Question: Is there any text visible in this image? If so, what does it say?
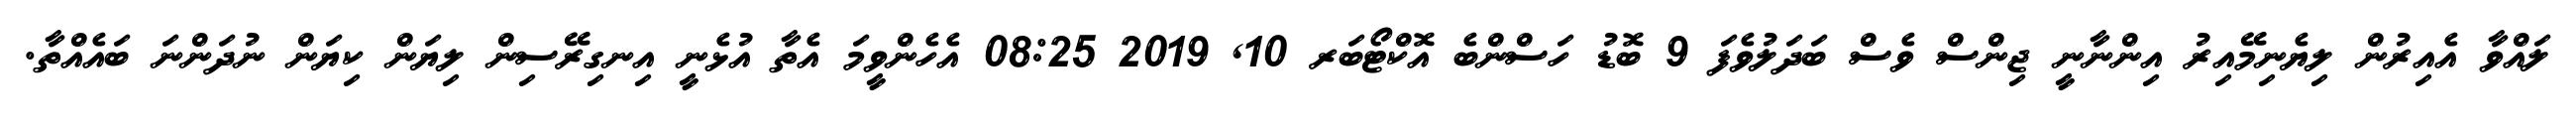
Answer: ލައްވާ އެއިރުން ލިޔެނިމޭއިރު އިންނާނީ ޖިންސް ވެސް ބަދަލުވެފަ 9 ބޮޑު ހަސްންބެ އޮކްޓޯބަރ 10, 2019 08:25 އެހެންވީމަ އެތާ އުޅެނީ އިނގިރޭސިން ލިޔަން ކިޔަން ނުދަންނަ ބައެއްތާ.